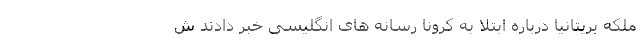
ملکه بریتانیا درباره ابتلا به کرونا رسانه های انگلیسی خبر دادند ش